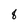
Character: 8